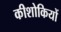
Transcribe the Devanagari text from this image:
कीशोकियों